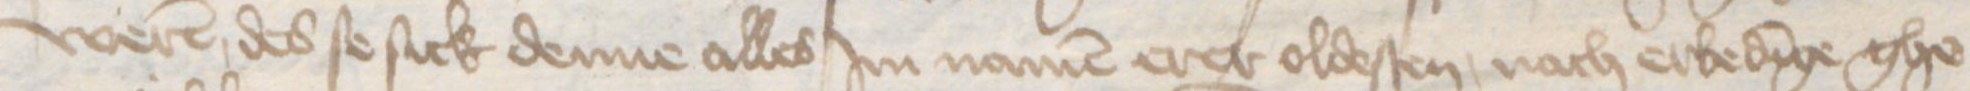
weren des se sick denne alles Jm namen erer oldesten, nach erbedinge ghe¬